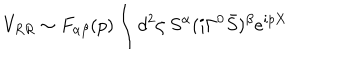
LaTeX: V _ { R R } \sim F _ { \alpha \beta } ( p ) \int d ^ { 2 } \zeta \ S ^ { \alpha } ( i \Gamma ^ { 0 } { \bar { S } } ) ^ { \beta } e ^ { i p X }